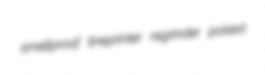
smellproof lineprinter regrinder poised